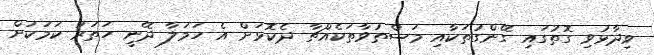
ވިދާޅުވި ގޮތުގައި ގޭންގުތަކާއި މަސްތުވާތަކެއްޗާ ދެކޮޅަށް އެ ހަމަލާ ދޭނީ ހަތަރު ކަމަކަށް